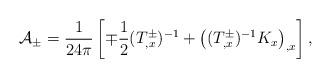
LaTeX: \begin{align*}{\cal A}_\pm ={1\over24\pi}\left[\mp{1\over2}(T^\pm_{,x})^{-1}+\left((T^\pm_{,x})^{-1}K_x\right)_{,x}\right],\end{align*}